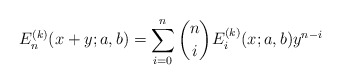
\begin{align*}{E}^{(k)}_{n}(x+y;a,b)=\sum_{i=0}^n\binom{n}{i}{E}^{(k)}_i(x;a,b)y^{n-i}\end{align*}